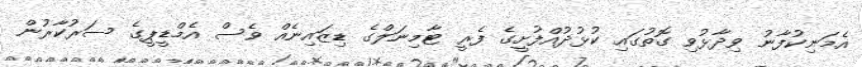
އެމަނިކުފާނު ވިދާޅުވި ގޮތުގައި ކުޅުދުއްފުށީގެ ފެރީ ޓާމިނަލްގެ ޑިޒައިނެއް ވެސް އެމްޑީޕީގެ ސަރުކާރުން